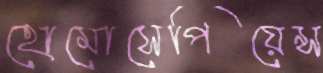
হোমোসেপিয়েন্স